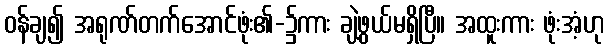
ဝန်ချ၍ အရုဏ်တက်အောင်ဖုံး၏-၌ကား ချဲ့ဖွယ်မရှိပြီ။ အထူးကား ဖုံးအံ့ဟု